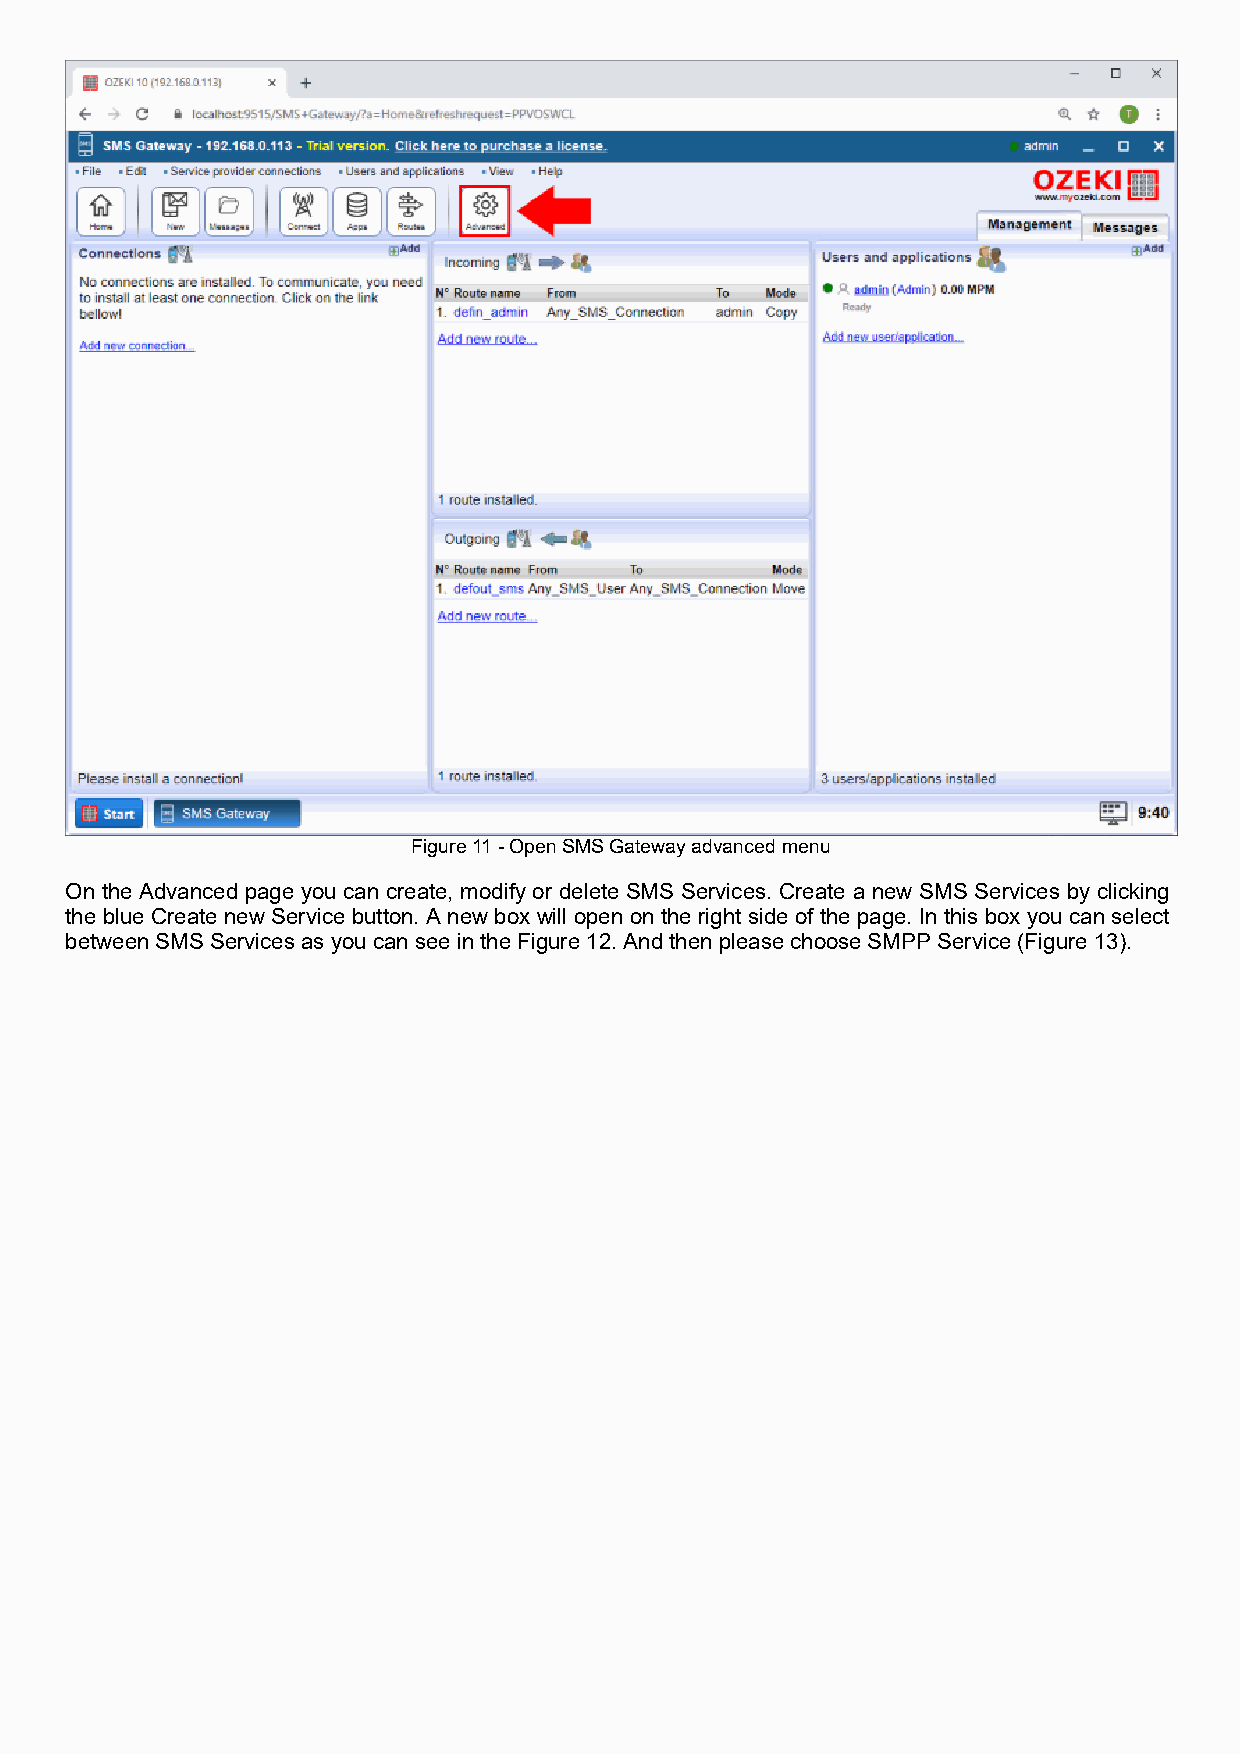
Figure 11 - Open SMS Gateway advanced menu
 On the Advanced page you can create, modify or delete SMS Services. Create a new SMS Services by clicking
 the blue Create new Service button. A new box will open on the right side of the page. In this box you can select
 between SMS Services as you can see in the Figure 12. And then please choose SMPP Service (Figure 13).